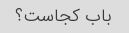
باب کجاست؟